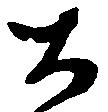
大